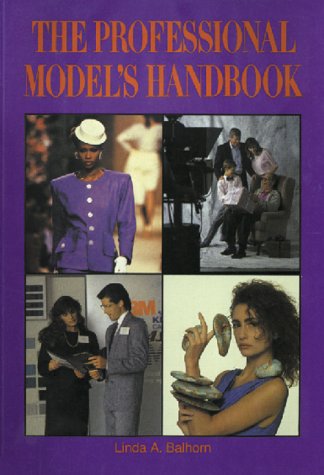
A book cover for The Professional Model's Handbook; Linda Balhorn; Arts & Photography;